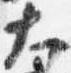
大